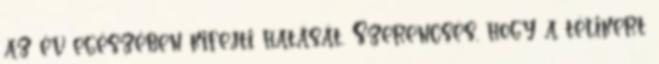
az év egészében kifejti hatását. Szerencsés, hogy a télikert